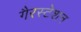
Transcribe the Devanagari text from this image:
गैरस्टेशन